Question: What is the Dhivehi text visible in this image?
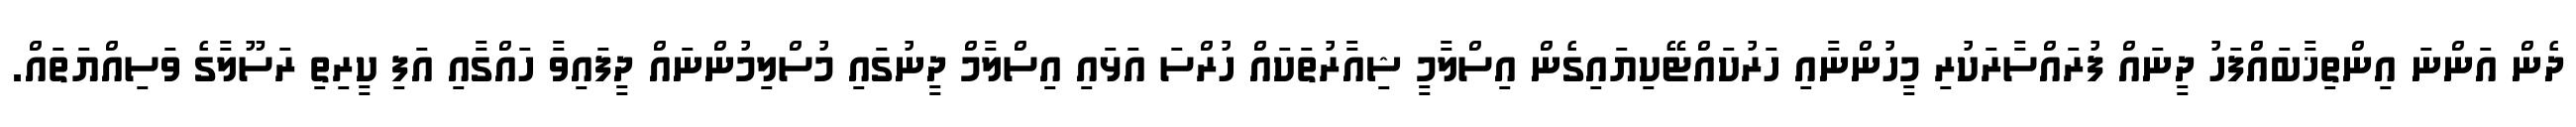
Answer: ދެން އަންނަ އިންތިޚާބައްފަހު ދީނައް ފުރައްސާރަކުރި މީހުންނާއި ހަރުކައްޓޭކިޔައިގެން އިސްލާމީ ޝިއާރުތަކައް ހުރްސަ އަޅައި އިސްލާމް ދީނުގައި މުސްލިމުންނައް ދީފައިވާ ހައްގާއި އަފި ކީރިތި ރަސޫލާގެ ވަސިއްޔަތައް.